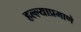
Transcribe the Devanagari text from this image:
हल्ल्याप्रमाणे